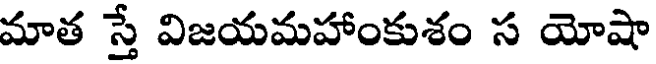
మాత స్తే విజయమహాంకుశం స యోషా